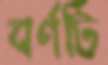
বর্ণটি